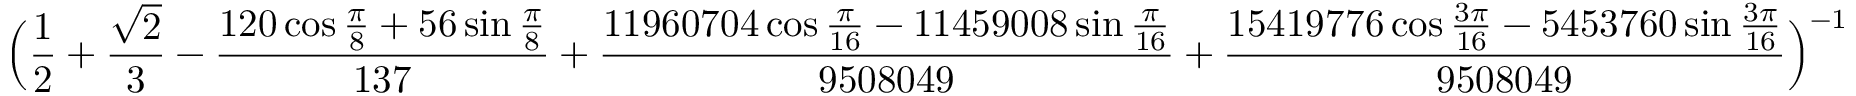
\Big ( \frac { 1 } { 2 } + \frac { \sqrt { 2 } } { 3 } - \frac { 1 2 0 \cos \frac \pi 8 + 5 6 \sin \frac \pi 8 } { 1 3 7 } + \frac { 1 1 9 6 0 7 0 4 \cos \frac \pi { 1 6 } - 1 1 4 5 9 0 0 8 \sin \frac \pi { 1 6 } } { 9 5 0 8 0 4 9 } + \frac { 1 5 4 1 9 7 7 6 \cos \frac { 3 \pi } { 1 6 } - 5 4 5 3 7 6 0 \sin \frac { 3 \pi } { 1 6 } } { 9 5 0 8 0 4 9 } \Big ) ^ { - 1 }